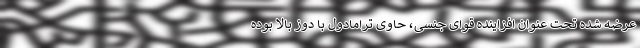
عرضه شده تحت عنوان افزاینده قوای جنسی، حاوی ترامادول با دوز بالا بوده